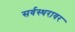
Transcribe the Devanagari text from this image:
सर्वस्थरावर